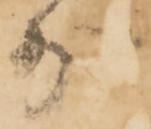
少